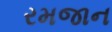
રમજાન